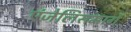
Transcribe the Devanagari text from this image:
एंजेलिसमार्गे